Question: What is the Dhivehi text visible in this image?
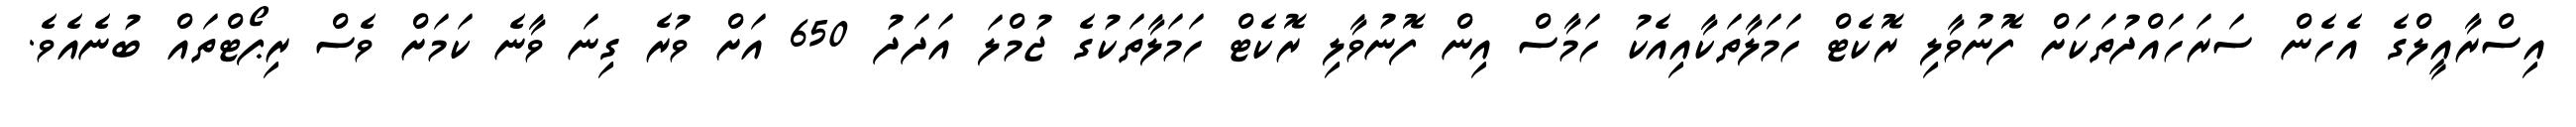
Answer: އިސްރާއީލްގެ އެހެން ސަރަހައްދުތަކަށް ފޮނުވާލި ރޮކެޓް ހަމަލާތަކާއިއެކު ހަމާސް އިން ފޮނުވާލި ރޮކެޓް ހަމަލާތަކުގެ ޖުމްލަ އަދަދު 650 އަށް ވުރެ ގިނަ ވާނެ ކަމަށް ވެސް ރިޕޯޓްތައް ބުނެއެވެ.